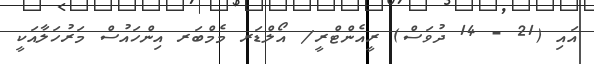
އައި (21 - 14 ދުވަސް) ރީއެންޓްރީ/ އޯލްޑަރ މެމްބަރ އިންހައުސް މަރުހަލާއަކީ